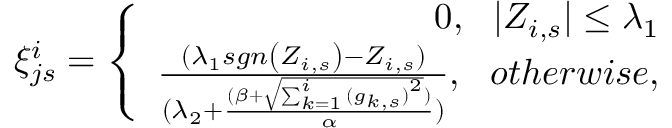
\begin{array} { r } { \xi _ { j s } ^ { i } = \left\{ \begin{array} { r } { 0 , \ \ | Z _ { i , s } | \leq \lambda _ { 1 } } \\ { \frac { ( \lambda _ { 1 } s g n \left( Z _ { i , s } \right) - Z _ { i , s } ) } { ( \lambda _ { 2 } + \frac { ( \beta + \sqrt { \sum _ { k = 1 } ^ { i } { ( g _ { k , s } ) } ^ { 2 } } ) } { \alpha } ) } , \ \ o t h e r w i s e , } \end{array} \right. } \end{array}